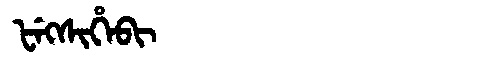
Manchu: ᡶᡝᡴᠰᡳᡥᡝᠪᡳ
Romanization: FEKSIHEBI